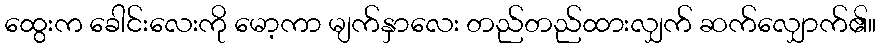
ထွေးက ခေါင်းလေးကို မော့ကာ မျက်နှာလေး တည်တည်ထားလျှက် ဆက်လျှောက်၏။